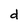
Character: d